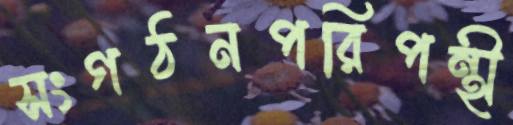
সংগঠনপরিপন্থী